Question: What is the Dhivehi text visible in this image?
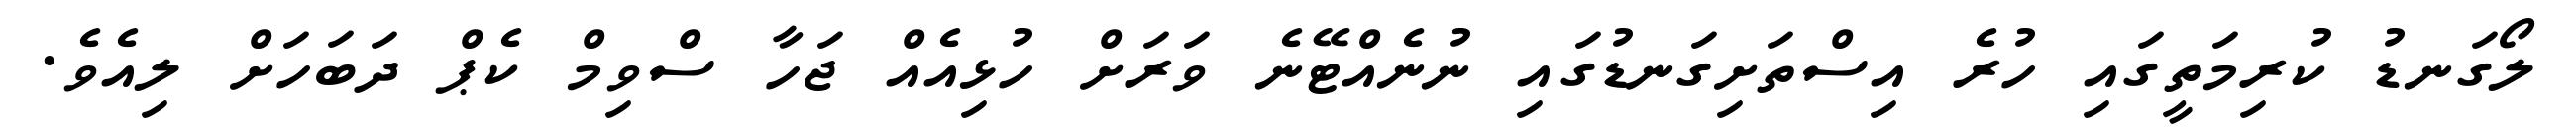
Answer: ލޯގަނޑު ކުރިމަތީގައި ހުރެ އިސްތަށިގަނޑުގައި ނުނެއްޓޭނެ ވަރަށް ހުޅިއެއް ޖަހާ ސްވިމް ކެޕް ދަބަހަށް ލިއެވެ.